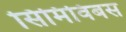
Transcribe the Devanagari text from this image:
सिमिविबस